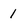
Character: 1